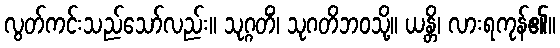
လွတ်ကင်းသည်သော်လည်း။ သုဂ္ဂတိံ၊ သုဂတိဘဝသို့။ ယန္တိ၊ လားရကုန်၏။